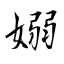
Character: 嫋